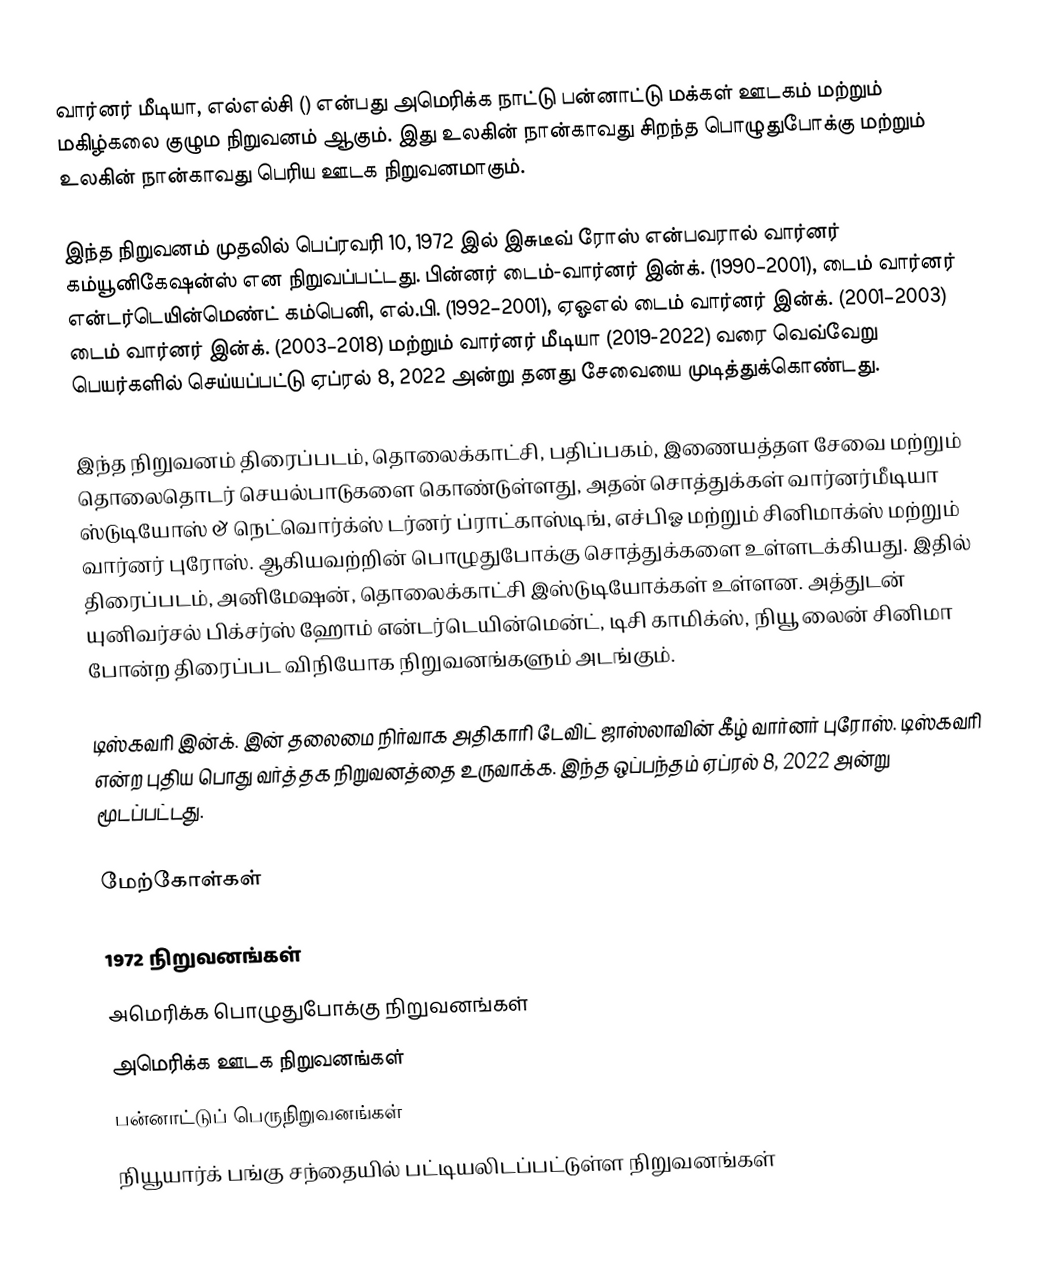
வார்னர் மீடியா, எல்எல்சி () என்பது அமெரிக்க நாட்டு பன்னாட்டு மக்கள் ஊடகம் மற்றும் மகிழ்கலை குழும நிறுவனம் ஆகும். இது உலகின் நான்காவது சிறந்த பொழுதுபோக்கு மற்றும் உலகின் நான்காவது பெரிய ஊடக நிறுவனமாகும்.

இந்த நிறுவனம் முதலில் பெப்ரவரி 10, 1972 இல் இசுடீவ் ரோஸ் என்பவரால் வார்னர் கம்யூனிகேஷன்ஸ் என நிறுவப்பட்டது. பின்னர் டைம்-வார்னர் இன்க். (1990–2001), டைம் வார்னர் என்டர்டெயின்மெண்ட் கம்பெனி, எல்.பி. (1992–2001), ஏஓஎல் டைம் வார்னர் இன்க். (2001–2003) டைம் வார்னர் இன்க். (2003–2018) மற்றும் வார்னர் மீடியா (2019-2022) வரை வெவ்வேறு பெயர்களில் செய்யப்பட்டு ஏப்ரல் 8, 2022 அன்று தனது சேவையை முடித்துக்கொண்டது.

இந்த நிறுவனம்  திரைப்படம், தொலைக்காட்சி, பதிப்பகம், இணையத்தள சேவை மற்றும் தொலைதொடர் செயல்பாடுகளை கொண்டுள்ளது, அதன் சொத்துக்கள் வார்னர்மீடியா ஸ்டுடியோஸ் & நெட்வொர்க்ஸ் டர்னர் ப்ராட்காஸ்டிங், எச்பிஓ மற்றும் சினிமாக்ஸ் மற்றும் வார்னர் புரோஸ். ஆகியவற்றின் பொழுதுபோக்கு சொத்துக்களை உள்ளடக்கியது. இதில் திரைப்படம், அனிமேஷன், தொலைக்காட்சி இஸ்டுடியோக்கள் உள்ளன. அத்துடன் யுனிவர்சல் பிக்சர்ஸ் ஹோம் என்டர்டெயின்மென்ட், டிசி காமிக்ஸ், நியூ லைன் சினிமா போன்ற திரைப்பட விநியோக நிறுவனங்களும் அடங்கும்.

டிஸ்கவரி இன்க். இன் தலைமை நிர்வாக அதிகாரி டேவிட் ஜாஸ்லாவின் கீழ் வார்னர் புரோஸ். டிஸ்கவரி என்ற புதிய பொது வர்த்தக நிறுவனத்தை உருவாக்க. இந்த ஒப்பந்தம் ஏப்ரல் 8, 2022 அன்று மூடப்பட்டது.

மேற்கோள்கள்

1972 நிறுவனங்கள்
அமெரிக்க பொழுதுபோக்கு நிறுவனங்கள்
அமெரிக்க ஊடக நிறுவனங்கள்
பன்னாட்டுப் பெருநிறுவனங்கள்
நியூயார்க் பங்கு சந்தையில் பட்டியலிடப்பட்டுள்ள நிறுவனங்கள்